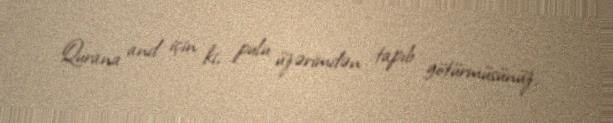
Qurana and için ki, pulu üzərimdən tapıb götürmüsünüz.